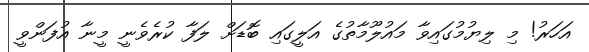
އަހަރު! މި ލިޔުމުގައިވާ މައުލޫމާތުގެ އަލީގައި ބޮޑަށް ލަފާ ކުރެވެނީ މީނާ އުފަންވީ